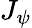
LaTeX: J_{\psi}